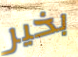
بخير